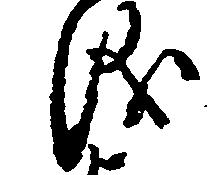
儀